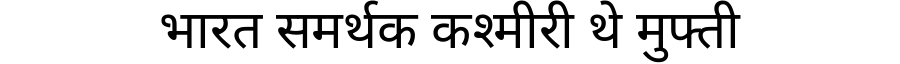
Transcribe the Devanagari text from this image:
भारत समर्थक कश्मीरी थे मुफ्ती